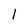
Character: 1